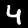
Label: 4